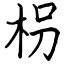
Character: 枴